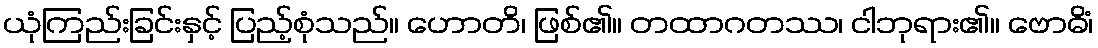
ယုံကြည်းခြင်းနှင့် ပြည့်စုံသည်။ ဟောတိ၊ ဖြစ်၏။ တထာဂတဿ၊ ငါဘုရား၏။ ဗောဓိံ၊